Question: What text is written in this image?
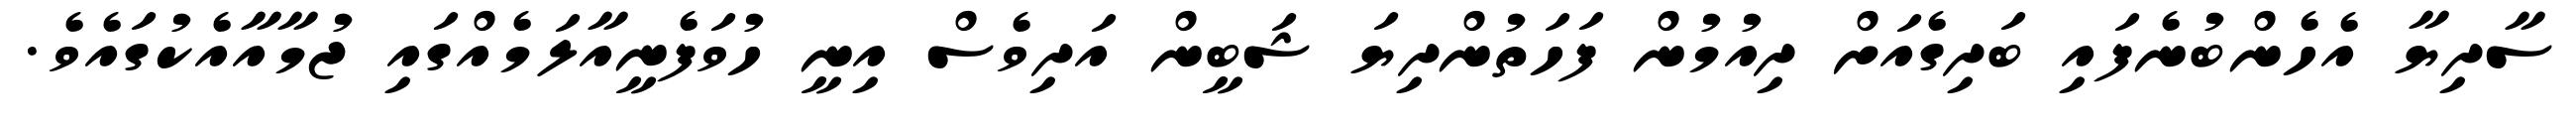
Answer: ސާދިޔާ އެހެންބުނެފައި ބަދިގެއަށް ދިއުމުން ފަހަތުންދިޔަ ޝަބީން އަދިވެސް އިނީ ހުވަފެނީއާލަމެއްގައި ޖުމާއާއެކުގައެވެ.